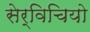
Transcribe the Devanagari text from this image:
सेर्विचियो